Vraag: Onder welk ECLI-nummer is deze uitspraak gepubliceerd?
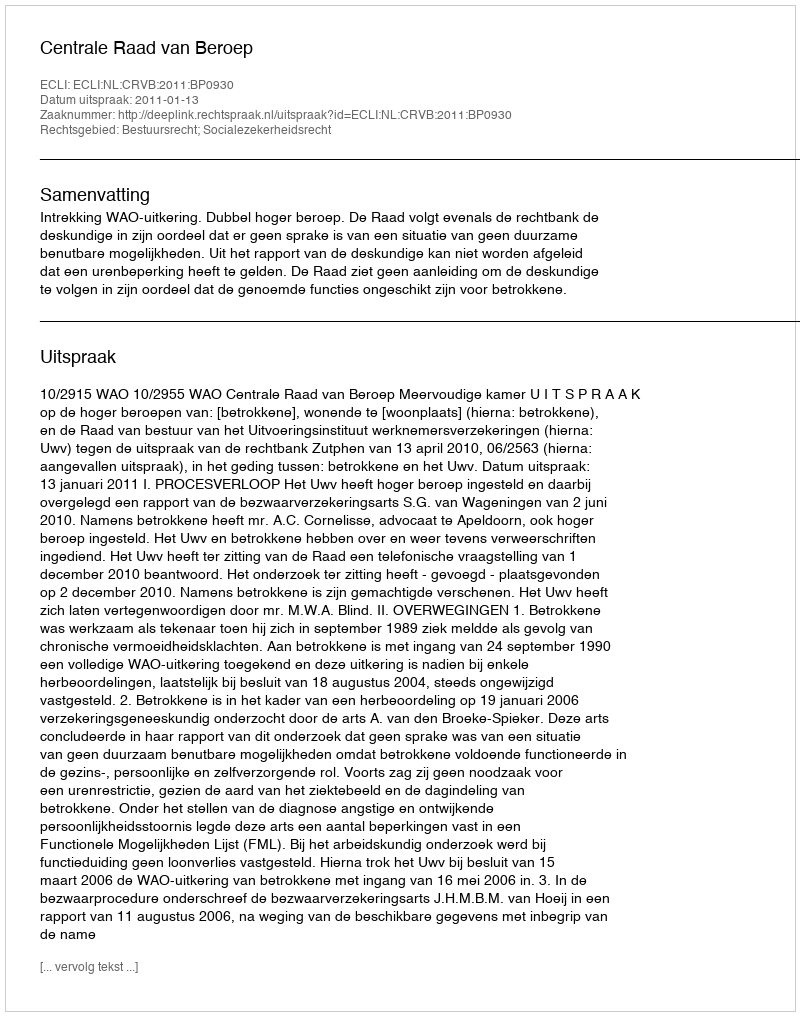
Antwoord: ECLI:NL:CRVB:2011:BP0930